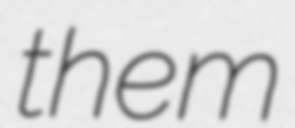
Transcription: them